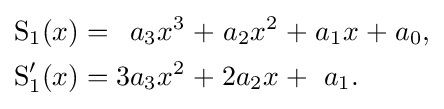
{\begin{alignedat}{9}\operatorname {S} _{1}(x)&&\;=\;&&a_{3}x^{3}&&\;+\;&&a_{2}x^{2}&&\;+\;&&a_{1}x&&\;+\;&&a_{0},&\\\operatorname {S} _{1}'(x)&&\;=\;&&3a_{3}x^{2}&&\;+\;&&2a_{2}x&&\;+\;&&a_{1}.&\end{alignedat}}